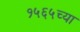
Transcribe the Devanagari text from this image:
१५६५च्या